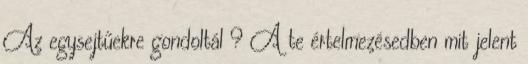
Az egysejtűekre gondoltál ? A te értelmezésedben mit jelent